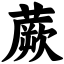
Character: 蕨